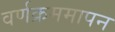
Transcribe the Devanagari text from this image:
वर्णक्रममापन